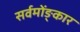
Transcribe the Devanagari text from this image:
सर्वमोंङ्कार